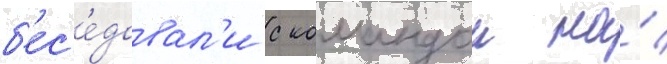
б'ес'е́довал'и с командои на́